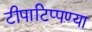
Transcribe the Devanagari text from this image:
टीपाटिप्पण्या